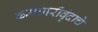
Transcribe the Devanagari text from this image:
कर्मचारीवृंदाचे